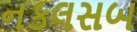
નકલસબ